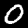
Digit: 0